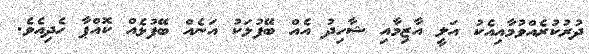
ދުރުކުރެއްވުމާއިއެކު އަލީ އާޒިމާއި ޝާހިދު އެއް ބޭފުޅަކު އަނެއް ބޭފުޅެއް ކޮއްޕާ ހެދިއެވެ.